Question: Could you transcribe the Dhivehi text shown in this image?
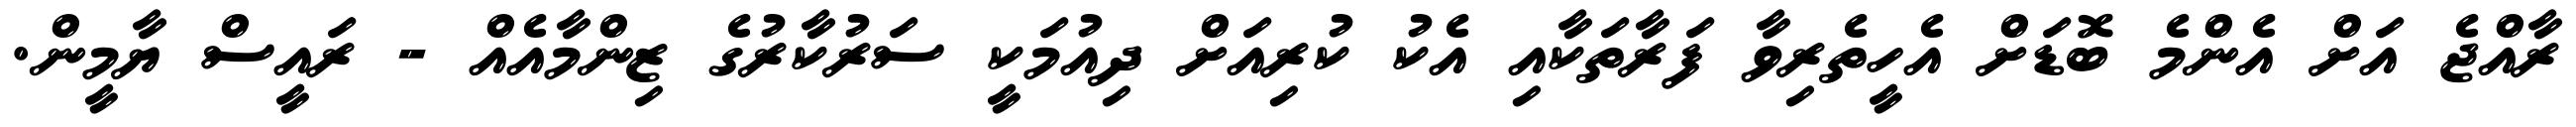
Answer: ރާއްޖެ އަށް އެންމެ ބޮޑަށް އެހީތެރިވާ ފަރާތަކާއި އެކު ކުރިއަށް ދިއުމަކީ ސަރުކާރުގެ ޒިންމާއެއް - ރައީސް ޔާމީން.